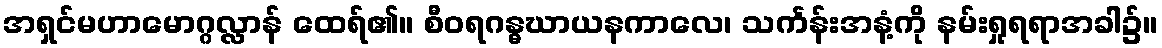
အရှင်မဟာမောဂ္ဂလ္လာန် ထေရ်၏။ စီဝရဂန္ဓဃာယနကာလေ၊ သင်္ကန်းအနံ့ကို နမ်းရှုရရာအခါ၌။